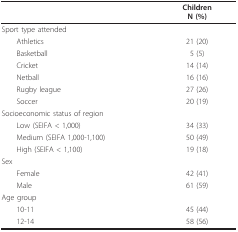
<table><thead><tr><td></td><td><b>ChildrenN (%)</b></td></tr></thead><tbody><tr><td>Sport type attended</td><td></td></tr><tr><td> Athletics</td><td>21 (20)</td></tr><tr><td> Basketball</td><td>5 (5)</td></tr><tr><td> Cricket</td><td>14 (14)</td></tr><tr><td> Netball</td><td>16 (16)</td></tr><tr><td> Rugby league</td><td>27 (26)</td></tr><tr><td> Soccer</td><td>20 (19)</td></tr><tr><td>Socioeconomic status of region</td><td></td></tr><tr><td> Low (SEIFA &lt; 1,000)</td><td>34 (33)</td></tr><tr><td> Medium (SEIFA 1,000-1,100)</td><td>50 (49)</td></tr><tr><td> High (SEIFA &lt; 1,100)</td><td>19 (18)</td></tr><tr><td>Sex</td><td></td></tr><tr><td> Female</td><td>42 (41)</td></tr><tr><td> Male</td><td>61 (59)</td></tr><tr><td>Age group</td><td></td></tr><tr><td> 10-11</td><td>45 (44)</td></tr><tr><td> 12-14</td><td>58 (56)</td></tr></tbody></table>